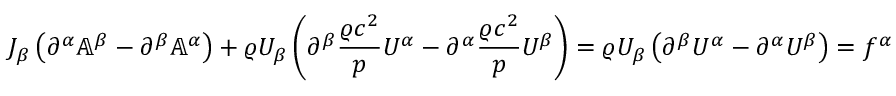
J _ { \beta } \left( \partial ^ { \alpha } \mathbb { A } ^ { \beta } - \partial ^ { \beta } \mathbb { A } ^ { \alpha } \right) + \varrho U _ { \beta } \left( \partial ^ { \beta } \frac { \varrho c ^ { 2 } } { p } U ^ { \alpha } - \partial ^ { \alpha } \frac { \varrho c ^ { 2 } } { p } U ^ { \beta } \right) = \varrho U _ { \beta } \left( \partial ^ { \beta } U ^ { \alpha } - \partial ^ { \alpha } U ^ { \beta } \right) = f ^ { \alpha }